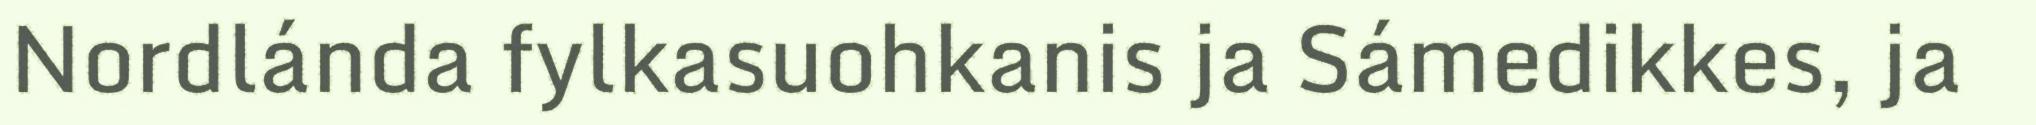
Nordlánda fylkasuohkanis ja Sámedikkes, ja